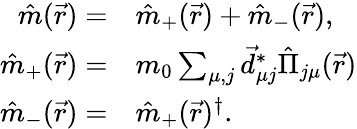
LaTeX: \begin{array}{rl}{\hat{m}(\vec{r})=}&{{}\hat{m}_{+}(\vec{r})+\hat{m}_{-}(\vec{r}),}\\ {\hat{m}_{+}(\vec{r})=}&{{}m_{0}\sum_{\mu,j}\vec{d}_{\mu j}^{*}\hat{\Pi}_{j\mu}(\vec{r})}\\ {\hat{m}_{-}(\vec{r})=}&{{}\hat{m}_{+}(\vec{r})^{\dagger}.}\end{array}